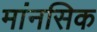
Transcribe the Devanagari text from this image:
मांनसिक